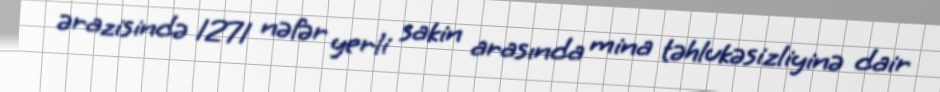
ərazisində 1271 nəfər yerli sakin arasında mina təhlukəsizliyinə dair